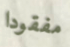
مفقودا